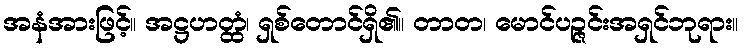
အနံအားဖြင့်။ အဋ္ဌဟတ္ထံ၊ ရှစ်တောင်ရှိ၏။ တာတ၊ မောင်ပဉ္ဇင်းအရှင်ဘုရား။